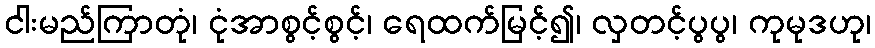
ငါးမည်ကြာတုံ၊ ငုံအာစွင့်စွင့်၊ ရေထက်မြင့်၍၊ လှတင့်ပွပွ၊ ကုမုဒဟု၊